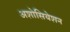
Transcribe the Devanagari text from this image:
अशोसियेशन